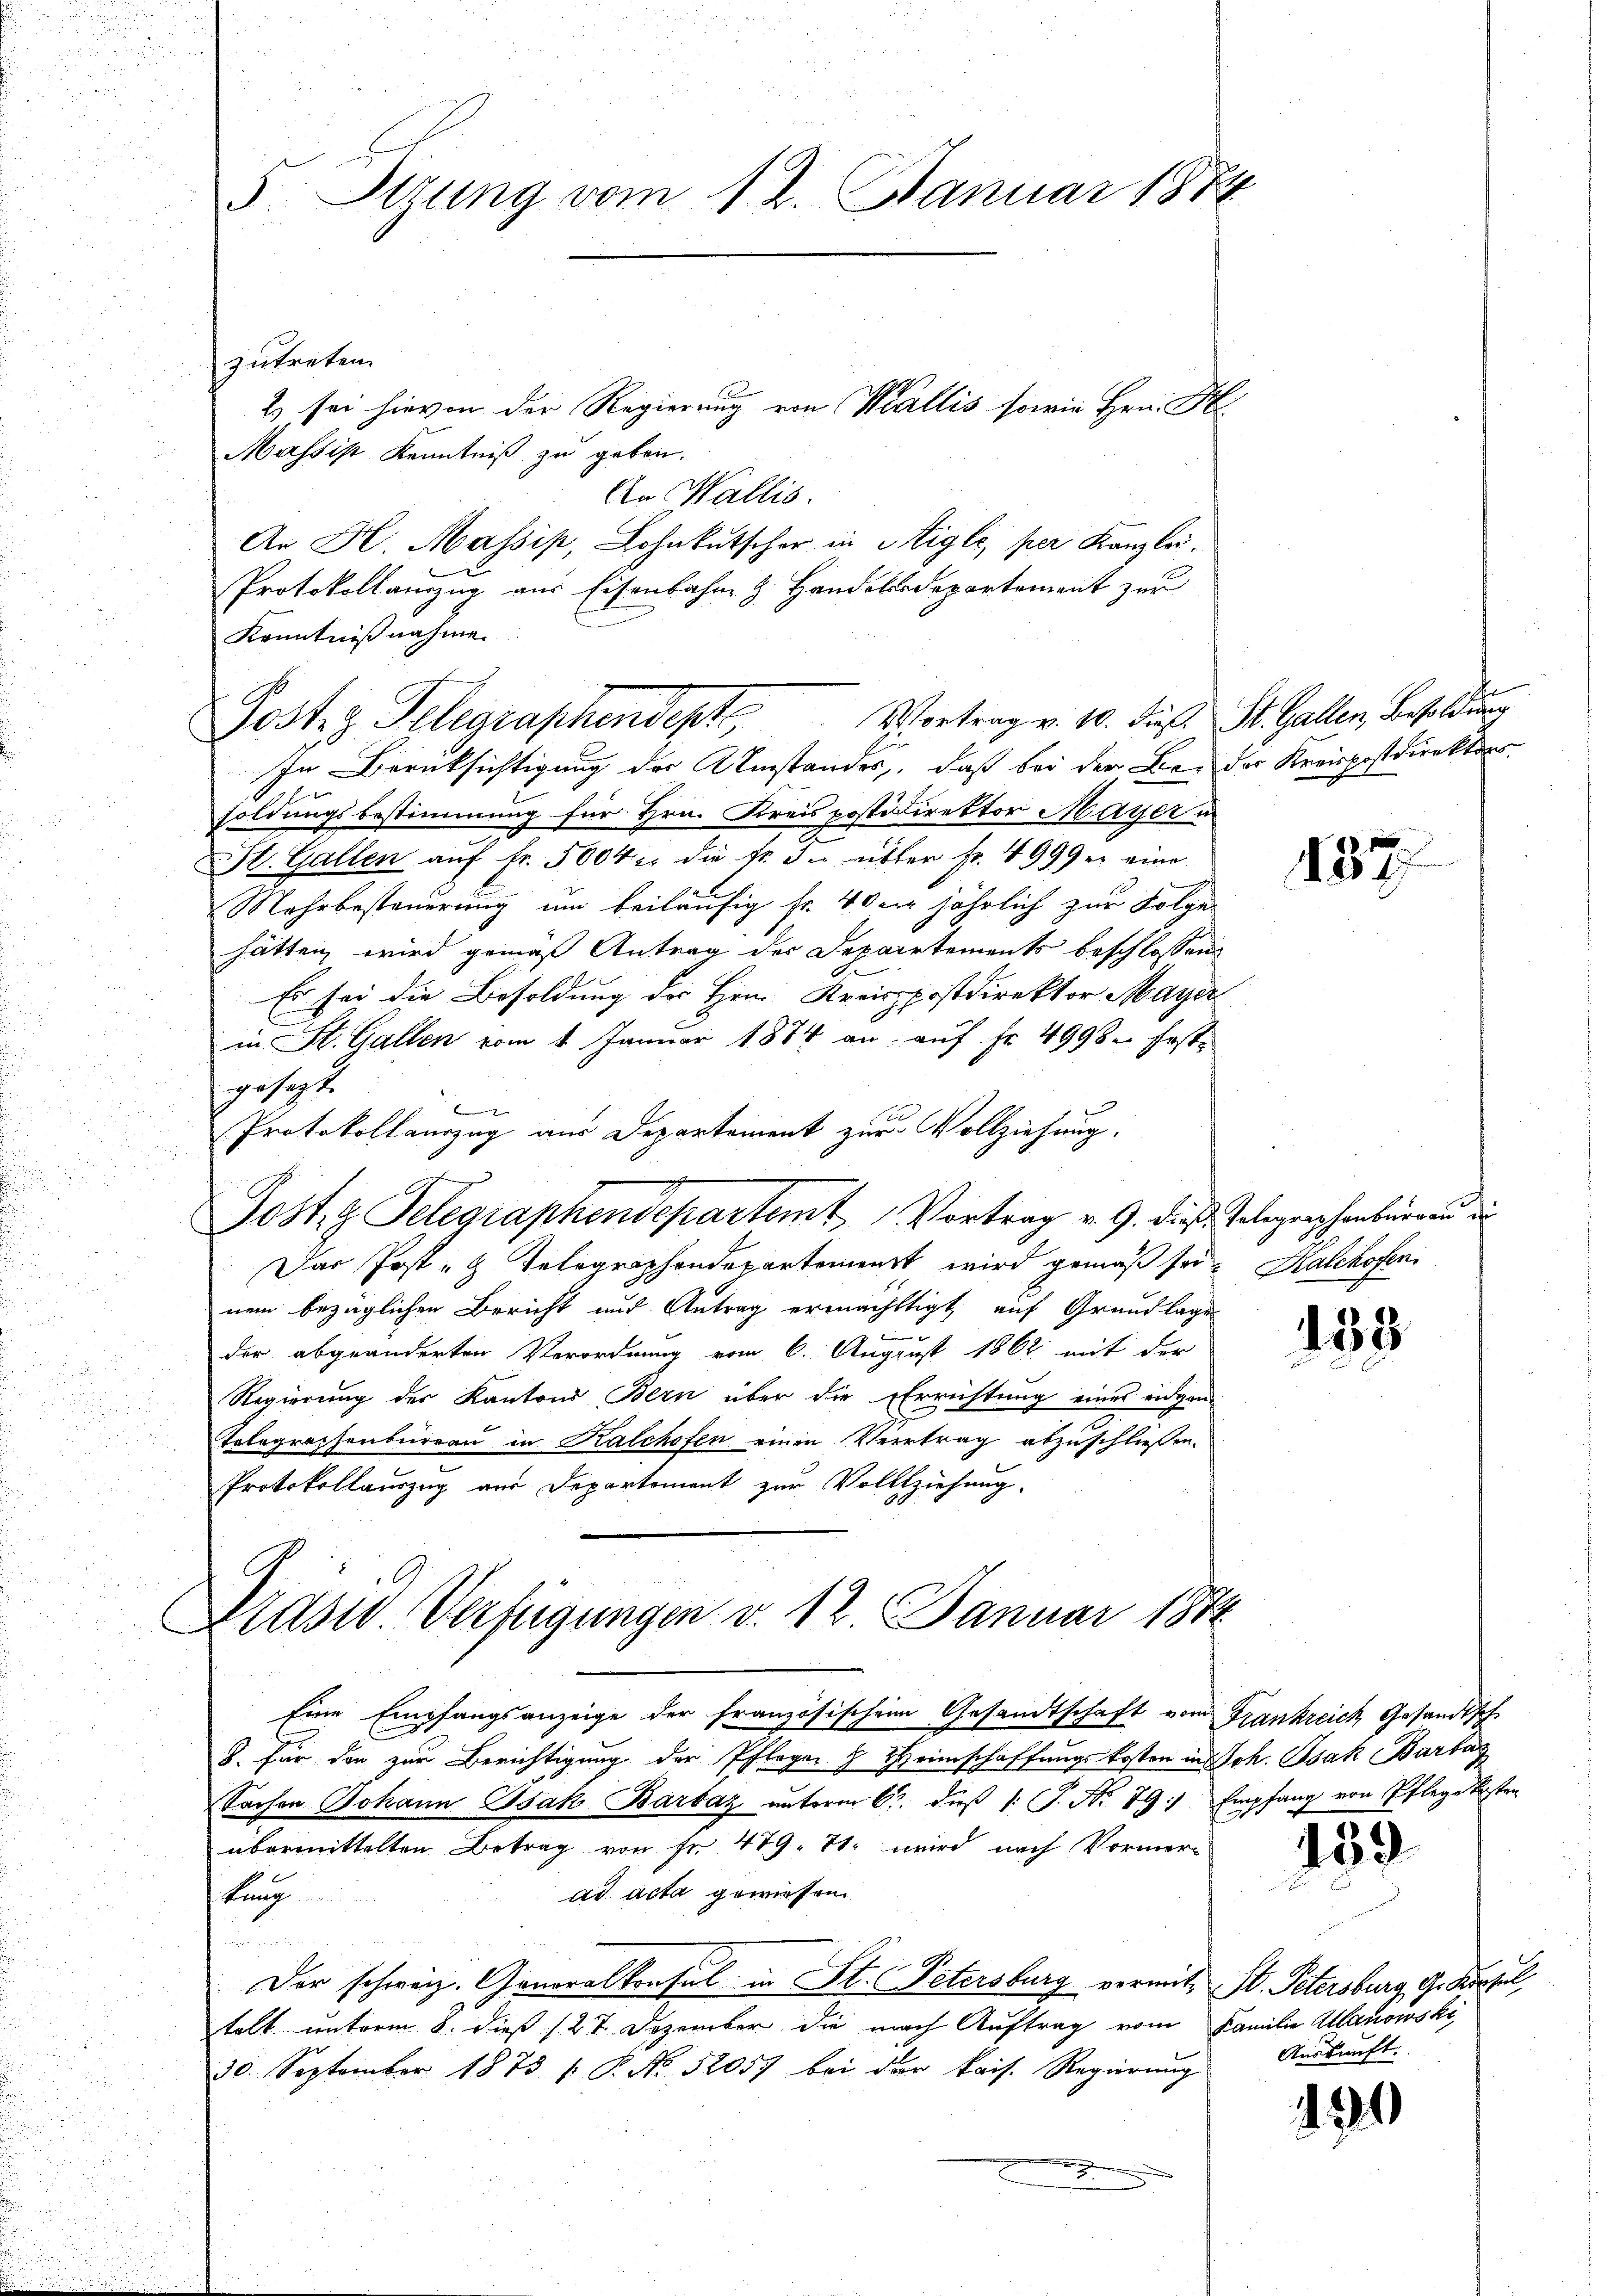
5. Sitzung vom 12. Januar 1874

zutreten.
2) sei hievon der Regierung von Wallis sowie Hrn. H
Massis Kenntniß zu geben.
An Wallis.
Ar H. Massip, Lohnkutscher in Aigle, per Kanzlei.
Protokollanzug aus Eisenbahn H. Handelsdepartement zur
Kenntnißnahme.
In Berücksichtigung der Umstandes, daß bei der Bei der Kreispostdirektors
soldungsbestimmung für Hrn. Kreis postdirektor Mayer in
St. Gallen aŭf Fr. 5004 u. die Fr. J. über Fr. 4999 er eine
Mehrbesteuerung um beiläufig fr. 40 der jährlich zur Folge
hätten, wird gemäß Antrag des Departements beschlossens
Es sei die Besoldung der Hrn. Kreispostdirektor Mayd
in St. Gallen vom 1. Januar 1884 an auf Fr. 4998 feste
gesezt.
2
Protokollauszug aus Departement zur Vollziehung.
Post.  Telegraphendepartamt Vortrag v. 9. dieß Telegraphenbürgend die
Das Posten Telegraphendepartement wird gemäß sei. Kalchofen
nem bezüglichen Bericht und Antrag ermächtigt auf Grundlage
2
der abgeänderten Verordnung vom 6. August 1862 mit der
Regierung der Kantons Bern über die Errichtung eines eidgen-
u
Telegraphenbureau in Kalchofen einen Vertrag abzuschliessen.
Protokollauszug aus Departement zur Vollziehung.

Post Telegraphendept, Vortrag v. 10. dieß. St. Gallen, Besoldung

Präsid. Verfügungen v. 12. Januar 1844
C

Eine Empfangsanzeige der französischen Gesandtschaft vom Frankreich Gesandtsch
B. für den zur Berichtigung der Pfleger & Heimschaffungskosten in Joh. Isak Barbar
Sachen Johann Isak Barbar unterm 6. dieβ (: P. Nr. 79) Empfang von Pflege kosten
übermittelten Betrag von fr. 479. 71. wird nach Vormerad acta gewiesen.
kang

Der schweiz. Generalkonsul in St. Petersburg vermit St. Petersburg, G. Kurzel,
telt unterm 8. dieß (27. Dezember die nach Auftrag vom Familie Alariowski
30. September 1873 (: P. No 52057 bei der kais. Regierung

187

188

1

159

Auskunft.

124